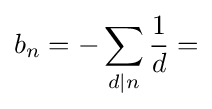
b_{n}=-\sum _{d|n}{\frac {1}{d}}=